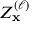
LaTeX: Z _ { \mathbf { x } } ^ { ( \ell ) }